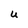
Character: U